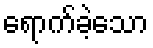
ရောက်ခဲ့သော